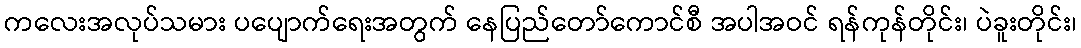
ကလေးအလုပ်သမား ပပျောက်ရေးအတွက် နေပြည်တော်ကောင်စီ အပါအဝင် ရန်ကုန်တိုင်း၊ ပဲခူးတိုင်း၊